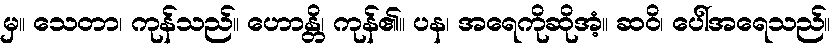
မှ။ သေတာ၊ ကုန်သည်။ ဟောန္တိ၊ ကုန်၏။ ပန၊ အရေကိုဆိုအံ့။ ဆဝိ၊ ပေါ်အရေသည်။